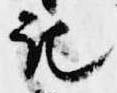
記